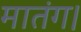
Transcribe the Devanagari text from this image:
मातंग।